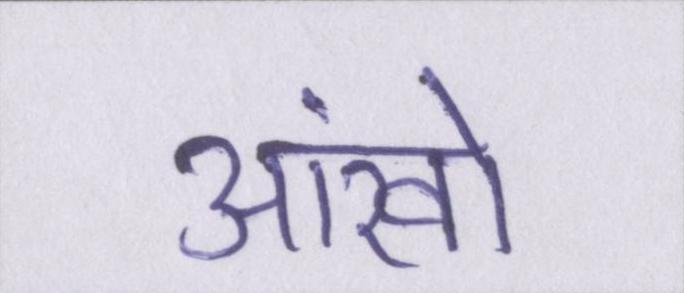
आंखों